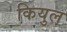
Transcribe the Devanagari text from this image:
कियुल